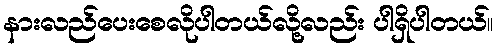
နားလည်ပေးစေလိုပါတယ်လို့လည်း ပါရှိပါတယ်။